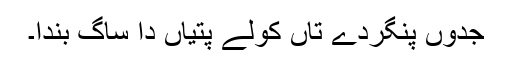
جدوں پُنگردے تاں کولے پتیاں دا ساگ بندا۔